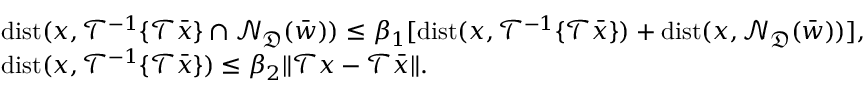
\begin{array} { r l } & { \mathrm { d i s t } ( x , \mathcal { T } ^ { - 1 } \{ \mathcal { T } \bar { x } \} \cap \mathcal { N } _ { \mathfrak { D } } ( \bar { w } ) ) \leq \beta _ { 1 } [ \mathrm { d i s t } ( x , \mathcal { T } ^ { - 1 } \{ \mathcal { T } \bar { x } \} ) + \mathrm { d i s t } ( x , \mathcal { N } _ { \mathfrak { D } } ( \bar { w } ) ) ] , } \\ & { \mathrm { d i s t } ( x , \mathcal { T } ^ { - 1 } \{ \mathcal { T } \bar { x } \} ) \leq \beta _ { 2 } \| \mathcal { T } x - \mathcal { T } \bar { x } \| . } \end{array}